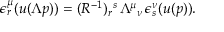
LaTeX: \epsilon _ { r } ^ { \mu } ( u ( \Lambda p ) ) = ( R ^ { - 1 } ) _ { r } { } ^ { s } \, \Lambda ^ { \mu } { } _ { \nu } \, \epsilon _ { s } ^ { \nu } ( u ( p ) ) .